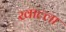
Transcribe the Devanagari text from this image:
खाल्‍ला